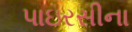
પાઇરસીના